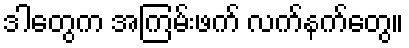
ဒါတွေက အကြမ်းဖက် လက်နက်တွေ။